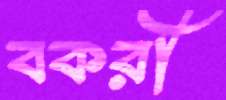
বকরী